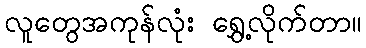
လူတွေအကုန်လုံး ရွှေ့လိုက်တာ။